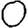
Digit: 0